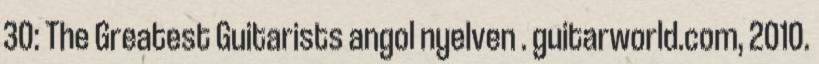
30: The Greatest Guitarists angol nyelven . guitarworld.com, 2010.